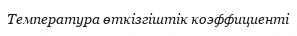
Температура өткізгіштік коэффициенті